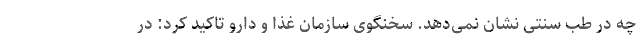
چه در طب سنتی نشان نمی‌دهد. سخنگوی سازمان غذا و دارو تاکید کرد: در